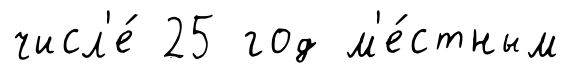
числ'е́ 25 год м'е́стным